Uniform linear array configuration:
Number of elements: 8
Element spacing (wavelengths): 1
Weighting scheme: binomial
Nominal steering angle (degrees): -15
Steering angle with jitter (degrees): -15.624
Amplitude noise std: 0.05
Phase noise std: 0.05

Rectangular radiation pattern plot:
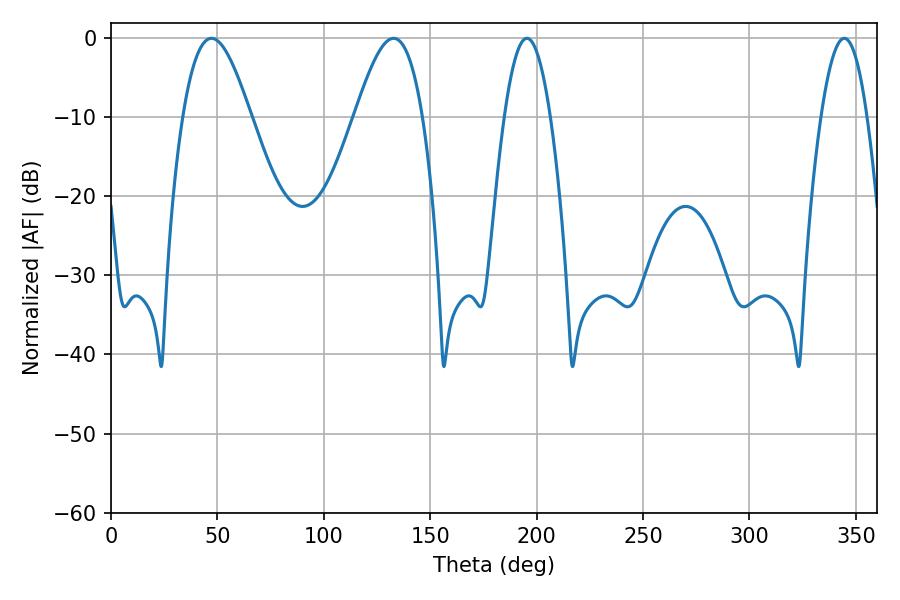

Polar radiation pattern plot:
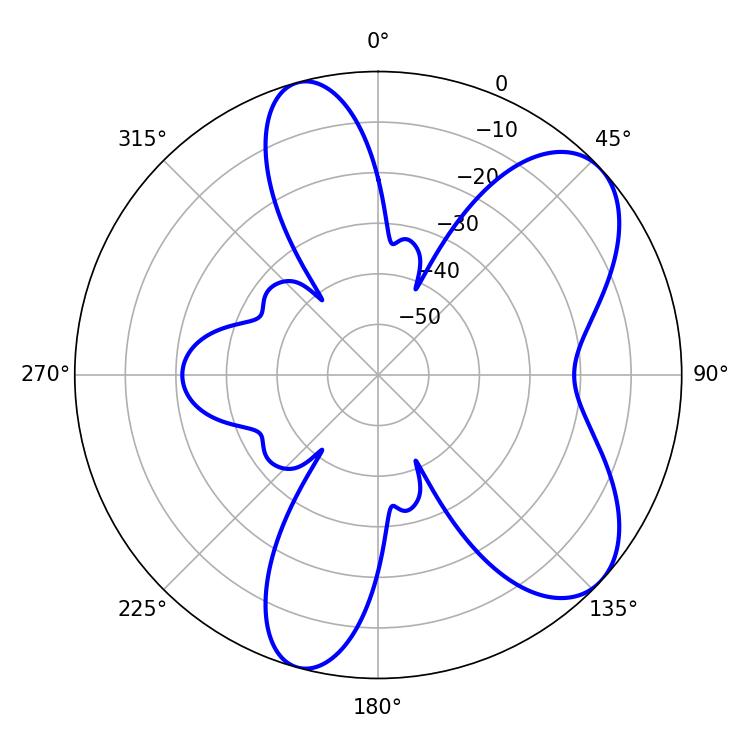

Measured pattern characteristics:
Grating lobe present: TRUE
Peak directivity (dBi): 7.283
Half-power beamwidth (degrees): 17.1
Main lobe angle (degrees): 47.16